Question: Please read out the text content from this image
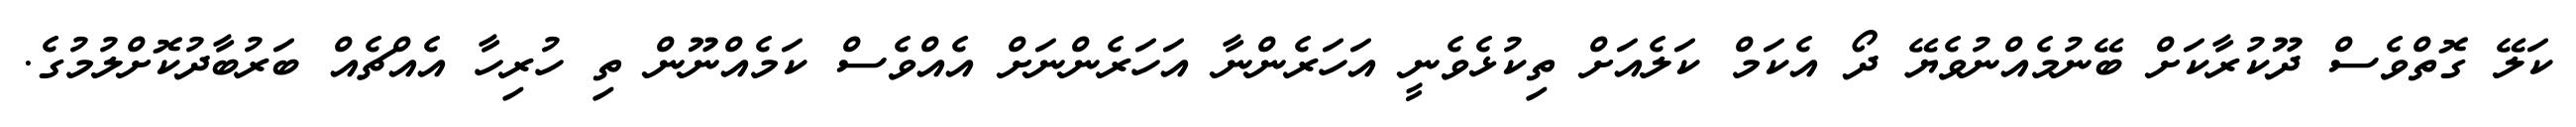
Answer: ކަލޭ ގޮތްވެސް ދޫކުރާކަށް ބޭނުމެއްނުވެޔޭ ދޯ އެކަމް ކަލެއަށް ތިކުޅެވެނީ އަހަރެންނާ އަހަރެންނަށް އެއްވެސް ކަމެއްނޫން ތި ހުރިހާ އެއްޗެއް ބަރުބާދުކޮށްލުމުގެ.